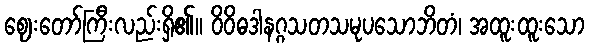
ဈေးတော်ကြီးလည်းရှိ၏။ ဝိဝိဓဒါနဂ္ဂသတသမုပသောဘိတံ၊ အထူးထူးသော